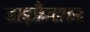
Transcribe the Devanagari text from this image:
डाइफ्रैक्शन